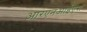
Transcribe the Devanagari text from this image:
आरएनआईएस